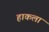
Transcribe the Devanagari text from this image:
हाकला